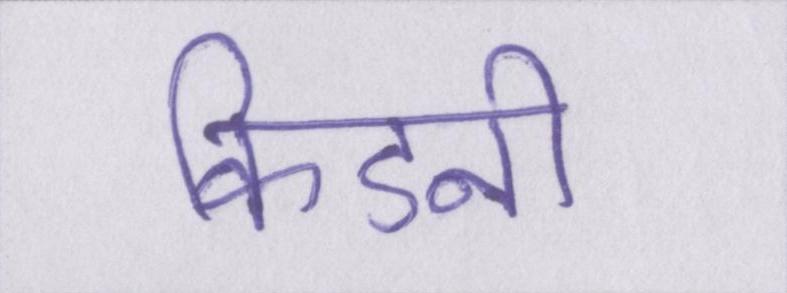
किडनी